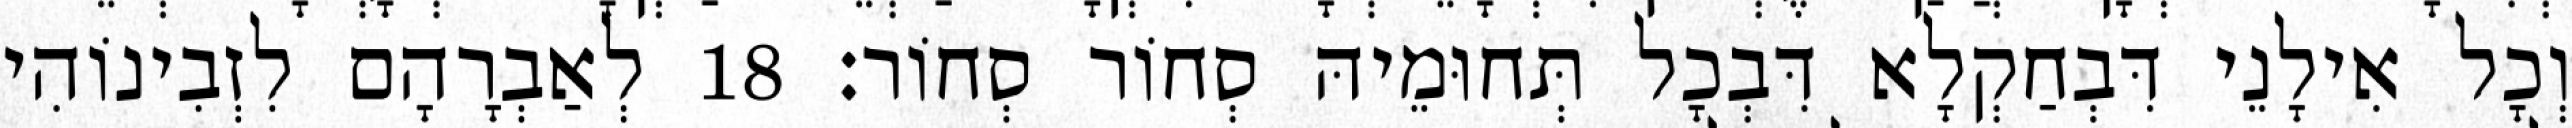
וְכָל אִילָנֵי דִּבְחַקְלָא דִּבְכָל תְּחוּמֵיהּ סְחוֹר סְחוֹר׃ 18 לְאַבְרָהָם לִזְבִינוֹהִי